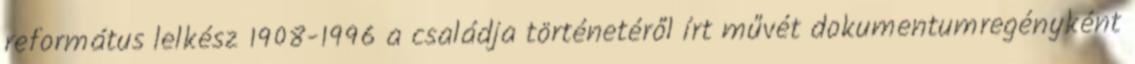
református lelkész 1908-1996 a családja történetéről írt művét dokumentumregényként